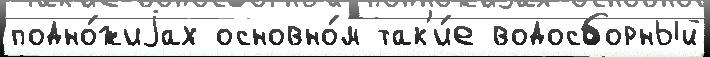
подно́жиjах основно́м так'и́е водосборный